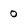
Character: 0